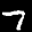
Label: 7